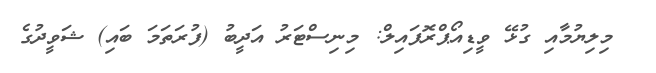
މިލިޔުމާއި ގުޅޭ ވީޑިއޯޕްރޮފައިލް: މިނިސްޓަރު އަދީބު (ފުރަތަމަ ބައި) ޝަވީދުގެ